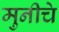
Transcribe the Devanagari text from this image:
मुनीचे